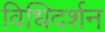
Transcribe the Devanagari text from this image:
विधिदर्शन